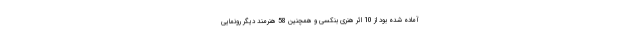
آماده شده بود از 10 اثر هنری بنکسی و همچنین 58 هنرمند دیگر رونمایی